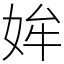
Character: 㛌